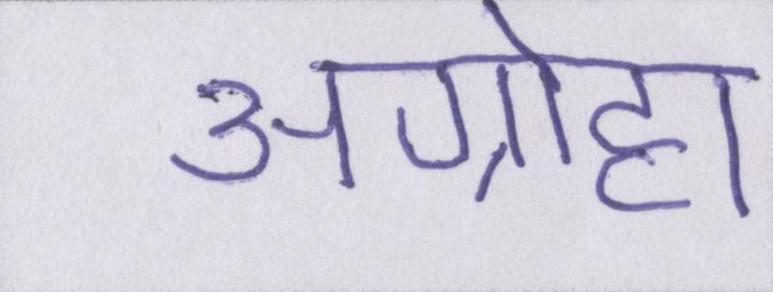
अग्रोहा